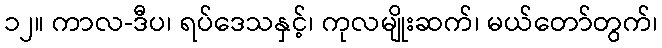
၁၂။ ကာလ-ဒီပ၊ ရပ်ဒေသနှင့်၊ ကုလမျိုးဆက်၊ မယ်တော်တွက်၊